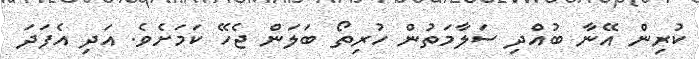
ކުރިން އޭނާ ބުއްދި ސަލާމަތުން ހުރިތޯ ބަލަން ޖެހޭ ކަމަށެވެ. އަދި އެފަދަ